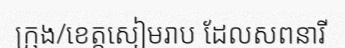
ក្រុង/ខេត្តសៀមរាប ដែលសពនារី